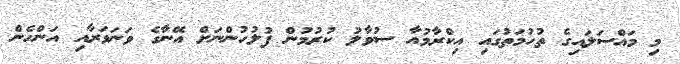
މި މައްސަލައިގެ ތުހުމަތުގައި އިކްރާމުއާ ސުވާލު ކުރުމުން ފުލުހުންނަށް އޭނާގެ ވަނަވަރާއި އަންހެން